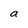
Character: a